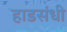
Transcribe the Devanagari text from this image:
हाडसंधी